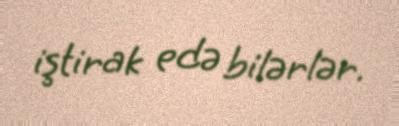
iştirak edə bilərlər.